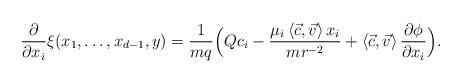
LaTeX: \begin{align*} \frac{\partial}{\partial x_i} \xi(x_1,\dots, x_{d-1}, y)=\frac{1}{mq}\Big(Qc_i- \frac{\mu_i\left<\vec{c},\vec{v} \right>x_i }{mr^{-2}}+\left<\vec{c},\vec{v} \right>\frac{\partial \phi}{\partial x_{i} } \Big).\end{align*}